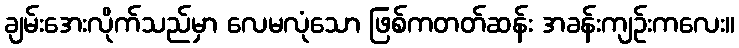
ချမ်းအေးလိုက်သည်မှာ လေမလုံသော ဖြစ်ကတတ်ဆန်း အခန်းကျဉ်းကလေး။